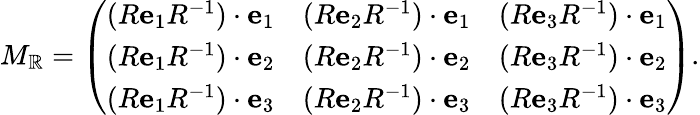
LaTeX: M_{\mathbb{R}}={\left(\begin{array}{lll}{(R\mathbf{e}_{1}R^{-1})\cdot\mathbf{e}_{1}}&{(R\mathbf{e}_{2}R^{-1})\cdot\mathbf{e}_{1}}&{(R\mathbf{e}_{3}R^{-1})\cdot\mathbf{e}_{1}}\\ {(R\mathbf{e}_{1}R^{-1})\cdot\mathbf{e}_{2}}&{(R\mathbf{e}_{2}R^{-1})\cdot\mathbf{e}_{2}}&{(R\mathbf{e}_{3}R^{-1})\cdot\mathbf{e}_{2}}\\ {(R\mathbf{e}_{1}R^{-1})\cdot\mathbf{e}_{3}}&{(R\mathbf{e}_{2}R^{-1})\cdot\mathbf{e}_{3}}&{(R\mathbf{e}_{3}R^{-1})\cdot\mathbf{e}_{3}}\end{array}\right)}.